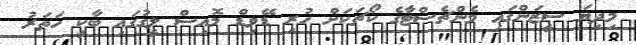
މިދިޔަ ސީޒަންގައި މެންޗެސްޓާގެ ކޯޗަކަށް ހުރި ޑޭވިޑް މޮއިސް ލީގުގައި ބާކީ ހަތަރު